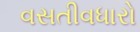
વસતીવધારો